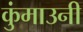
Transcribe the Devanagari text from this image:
कुंमाउनी